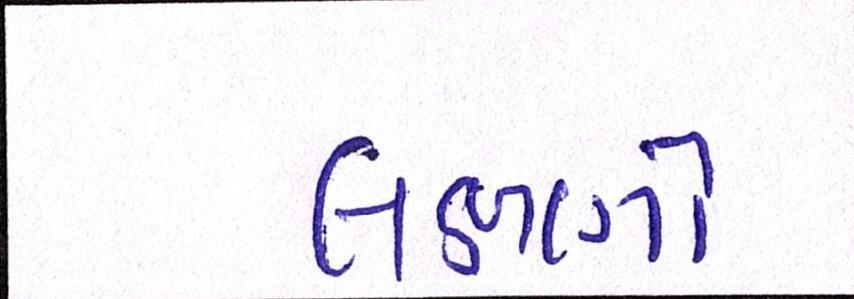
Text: લક્ષણો